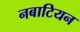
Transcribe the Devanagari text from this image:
नबाटियन